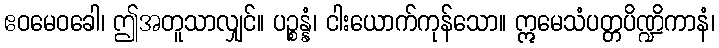
ဧဝမေဝခေါ၊ ဤအတူသာလျှင်။ ပဉ္စန္နံ၊ ငါးယောက်ကုန်သော။ ဣမေသံပတ္တပိဏ္ဍိကာနံ၊